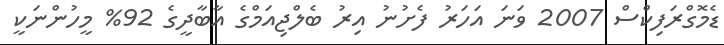
ޑެމޮގްރަފިކްސް 2007 ވަނަ އަހަރު ފެށުނު އިރު ބެލްޖިއަމްގެ އާބާދީގެ 92% މީހުންނަކީ